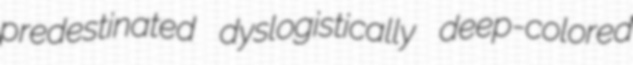
predestinated dyslogistically deep-colored